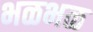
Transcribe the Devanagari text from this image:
भळभळ